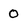
Character: 0